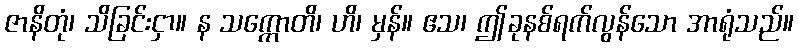
ဇာနိတုံ၊ သိခြင်းငှာ။ န သက္ကောတိ၊ ဟိ၊ မှန်။ ဧသ၊ ဤခုနစ်ရက်လွန်သော အာရုံသည်။